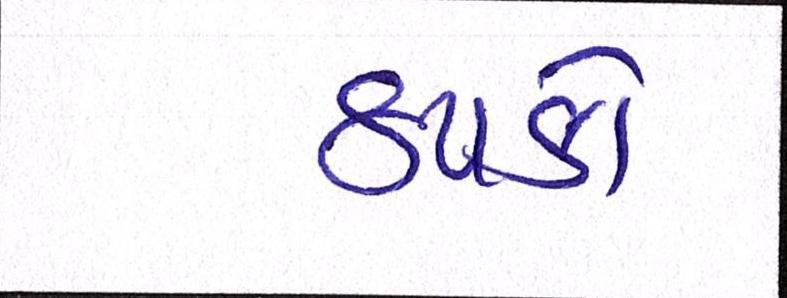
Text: ઠપકો